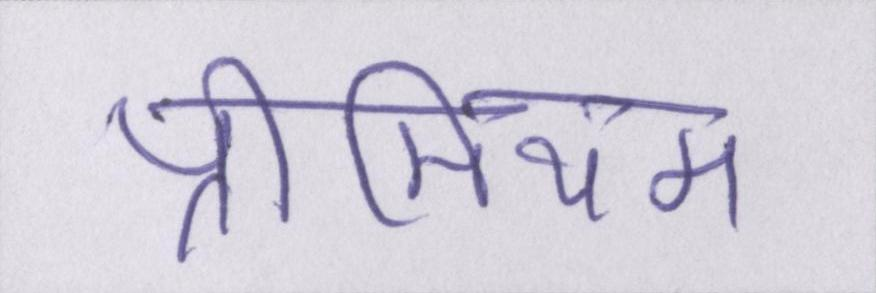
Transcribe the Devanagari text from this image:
प्रीमियम